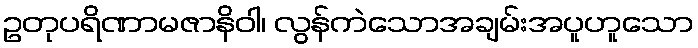
ဥတုပရိဏာမဇာနိဝါ၊ လွန်ကဲသောအချမ်းအပူဟူသော